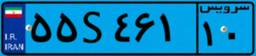
۴۴S۷۳۱۷۹